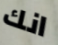
انك